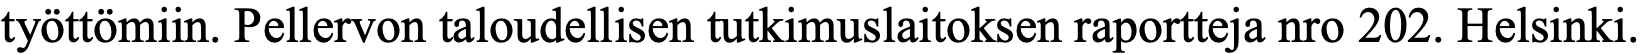
työttömiin. Pellervon taloudellisen tutkimuslaitoksen raportteja nro 202. Helsinki.